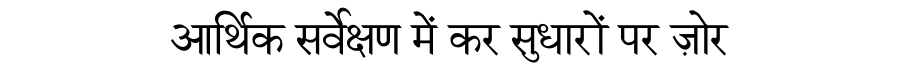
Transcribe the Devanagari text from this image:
आर्थिक सर्वेक्षण में कर सुधारों पर ज़ोर